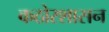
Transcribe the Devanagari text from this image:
कठोरशासन